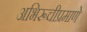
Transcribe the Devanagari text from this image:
अभिरूचीप्रमाणे